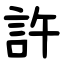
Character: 許